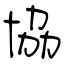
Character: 協